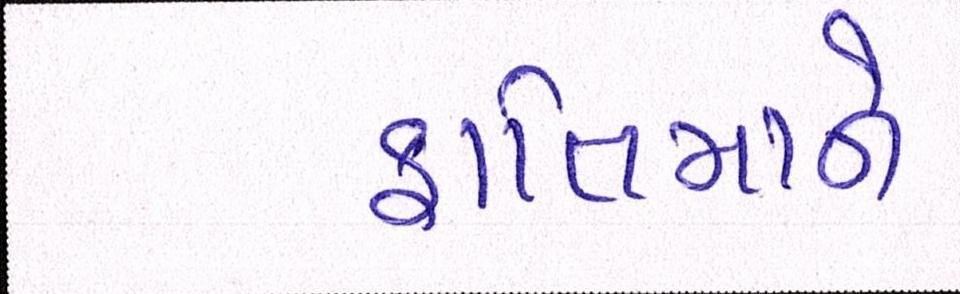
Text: ફાતિમાને